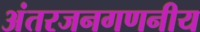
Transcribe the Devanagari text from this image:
अंतरजनगणनीय